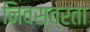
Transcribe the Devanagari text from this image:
निवस्त्रता